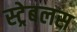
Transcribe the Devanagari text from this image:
स्ट्रेबलस